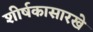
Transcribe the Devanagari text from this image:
शीर्षकासारखे